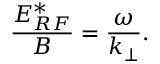
\frac { E _ { R F } ^ { * } } { B } = \frac { \omega } { k _ { \perp } } .